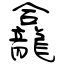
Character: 龕